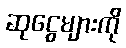
ဆုငွေများကို